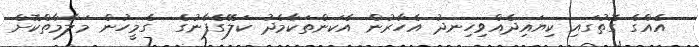
އެއްގެ ގޮތުގައި ކިޔައިދެއްވިހިނދު އެހާރުން އެކަންތަކާމެދު ކަލޭގެފާނުގެ  ގެމީހުން މަލާމާތްކޮށް